Report on sanitation, dispensaries, and jails in Rajputana for 1920, and on vaccination for the year 1920-1921 - 1920-1921
Year: 1920
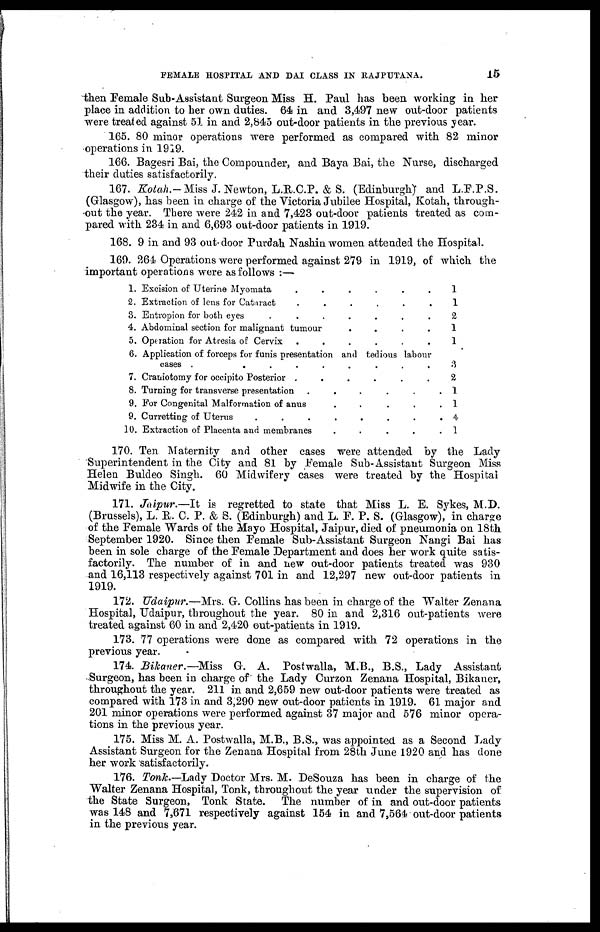
FEMALE HOSPITAL AND DAI CLASS IN RAJPUTANA.
15
then Female Sub-Assistant Surgeon Miss H. Paul has been working in her
place in addition to her own duties. 64 in and 3,497 new out-door patients
were treated against 51 in and 2,845 out-door patients in the previous year.
165. 80 minor operations were performed as compared with 82 minor
operations in 1919.
166. Bagesri Bai, the Compounder, and Baya Bai, the Nurse, discharged
their duties satisfactorily.
167. Kotah.- Miss J. Newton, L.R.C.P. & S. (Edinburgh) and L.F.P.S.
(Glasgow), has been in charge of the Victoria Jubilee Hospital, Kotah, through-
out the year. There were 242 in and 7,423 out-door patients treated as com-
pared with 234 in and 6,693 out-door patients in 1919.
168. 9 in and 93 out-door Purdah Nashin women attended the Hospital.
169. 264 Operations were performed against 279 in 1919, of which the
important operations were as follows :—
1.
2.
3.
4.
5.
6.
7.
8.
9.
9.
10.
Excision of Uterine Myomata . . . . . . . . . .
Extraction of lens for Cataract
.
.
.
.
.
.
.
.
Entropion for both eyes
.
.
.
.
.
.
.
Abdominal section for malignant tumour . . . . . . .
Operation for Atresia of Cervix
.
.
.
.
.
.
.
Application of forceps for funis presentation and tedious labour
cases
.
.
.
.
.
.
Craniotomy for occipito Posterior
.
.
.
.
.
.
Turning for transverse presentation
.
.
.
.
.
.
For Congenital Malformation of anus . . . . .
Curretting of Uterus
.
.
.
.
.
.
Extraction of Placenta and membranes . . . . . .
1
1
2
1
1
3
2
1
1
4
1
170. Ten Maternity and other cases were attended by the Lady-
Superintendent in the City and 81 by Female Sub-Assistant Surgeon Miss
Helen Buldeo Singh. 60 Midwifery cases were treated by the Hospital
Midwife in the City.
171. Jaipur.—It is regretted to state that Miss L. E. Sykes, M.D.
(Brussels), L. R. C. P. & S. (Edinburgh) and L. F. P. S. (Glasgow), in charge
of the Female Wards of the Mayo Hospital, Jaipur, died of pneumonia on 18th
September 1920. Since then Female Sub-Assistant Surgeon Nangi Bai has
been in sole charge of the Female Department and does her work quite satis-
factorily. The number of in and new out-door patients treated was 930
and 16,113 respectively against 701 in and 12,297 new out-door patients in
1919.
172. Udaipur.—Mrs. G. Collins has been in charge of the Walter Zenana
Hospital, Udaipur, throughout the year. 80 in and 2,316 out-patients were
treated against 60 in and 2,420 out-patients in 1919.
173. 77 operations were done as compared with 72 operations in the
previous year.
174. Bikaner.—Miss
G. A. Postwalla, M.B., B.S., Lady Assistant
Surgeon, has been in charge of the Lady Curzon Zenana Hospital, Bikaner,
throughout the year. 211 in and 2,659 new out-door patients were treated as
compared with 173 in and 3,290 new out-door patients in 1919. 61 major and
201 minor operations were performed against 37 major and 576 minor opera-
tions in the previous year.
175. Miss M. A. Postwalla, M.B., B.S., was appointed as a Second Lady
Assistant Surgeon for the Zenana Hospital from 28th June 1920 and has done
her work satisfactorily.
176. Tonk.—Lady Doctor Mrs. M. DeSouza has been in charge of the
Walter Zenana Hospital, Tonk, throughout the year under the supervision of
the State Surgeon, Tonk State. The number of in and out-door patients
was 148 and 7,671 respectively against 154 in and 7,564 out-door patients
in the previous year.